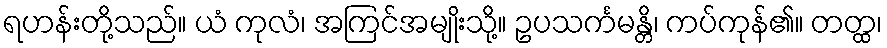
ရဟန်းတို့သည်။ ယံ ကုလံ၊ အကြင်အမျိုးသို့။ ဥပသင်္ကမန္တိ၊ ကပ်ကုန်၏။ တတ္ထ၊